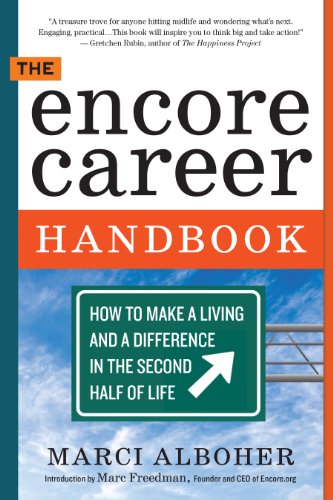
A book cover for The Encore Career Handbook: How to Make a Living and a Difference in the Second Half of Life; Marci Alboher; Business & Money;